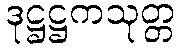
ဒုဋ္ဌဋ္ဌကသုတ္တ